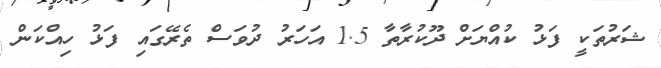
ޝަރުތަކީ ފަޅު ކުއްޔަށް ދޫކުރާތާ 1.5 އަހަރު ދުވަސް ތެރޭގައި ފަޅު ހިއްކަން